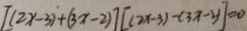
[ ( 2 x - 3 ) + ( 3 x - 2 ) ] [ ( 2 x - 3 ) - ( 3 x - y ) ] = 0